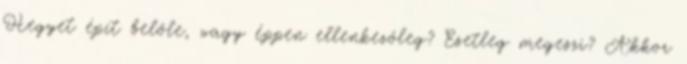
Hegyet épít belőle, vagy éppen ellenkezőleg? Esetleg megeszi? Akkor